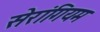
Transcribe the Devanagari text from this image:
सेरांगियम